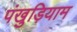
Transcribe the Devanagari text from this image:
पंखुड़ियाम